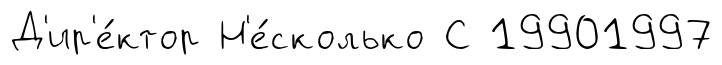
Д'ир'е́ктор Н'е́сколько С 19901997